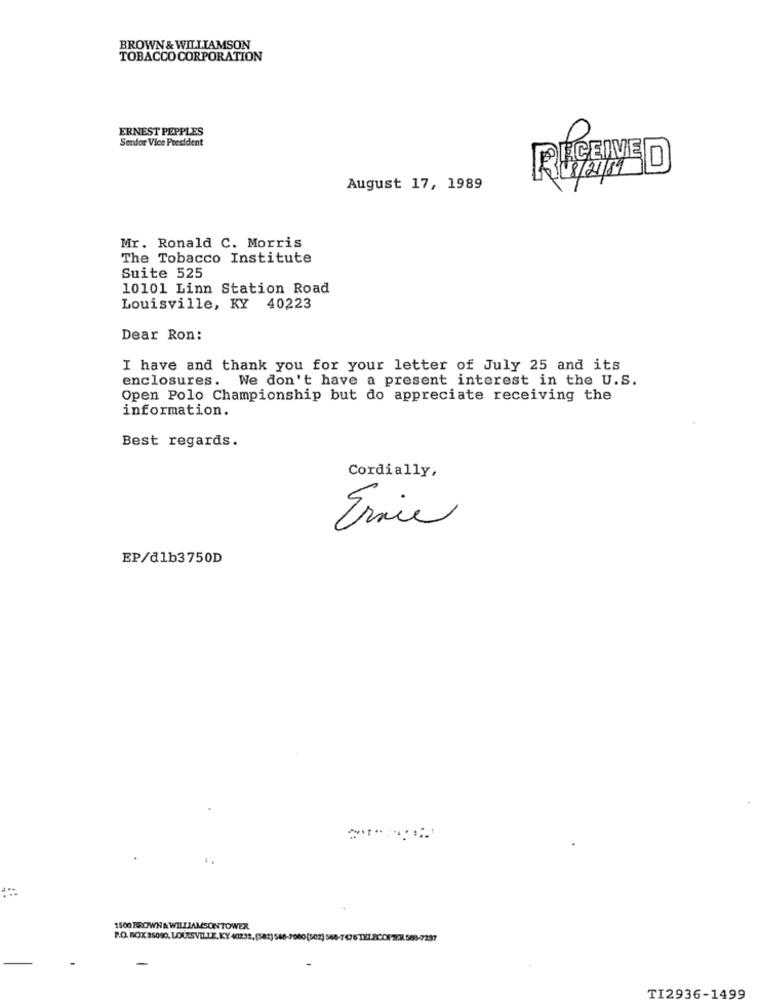
BROWN & WILLIAMSON
TOBACCO CORPORATION
ERNEST PEPPLES
Senior Vice President
RECEIVE
D
08/21/81
August 17, 1989
Mr. Ronald C. Morris
The Tobacco Institute
Suite 525
10101 Linn Station Road
Louisville, KY 40223
Dear Ron:
I have and thank you for your letter of July 25 and its
enclosures.
We don't have a present interest in the U.S.
Open Polo Championship but do appreciate receiving the
information.
Best regards.
Cordially,
Ernie
EP/dlb3750D
1
1500 BROWN & WILLIAMSONTOWER
P.O. BOX 35090, LOUISVILLE. KY 40232.[582) 588-7000(502) 566-7676 TU7-8COX72X 568-7297
-
TI2936-1499